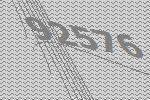
92576